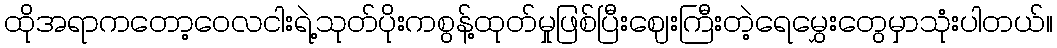
ထိုအရာကတော့ဝေလငါးရဲ့သုတ်ပိုးကစွန့်ထုတ်မှုဖြစ်ပြီးဈေးကြီးတဲ့ရေမွှေးတွေမှာသုံးပါတယ်။